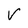
Character: V